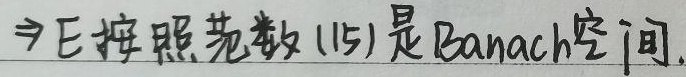
$\Rightarrow$E按照范数(15)是Banach空间.